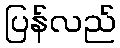
ပြန်လည်